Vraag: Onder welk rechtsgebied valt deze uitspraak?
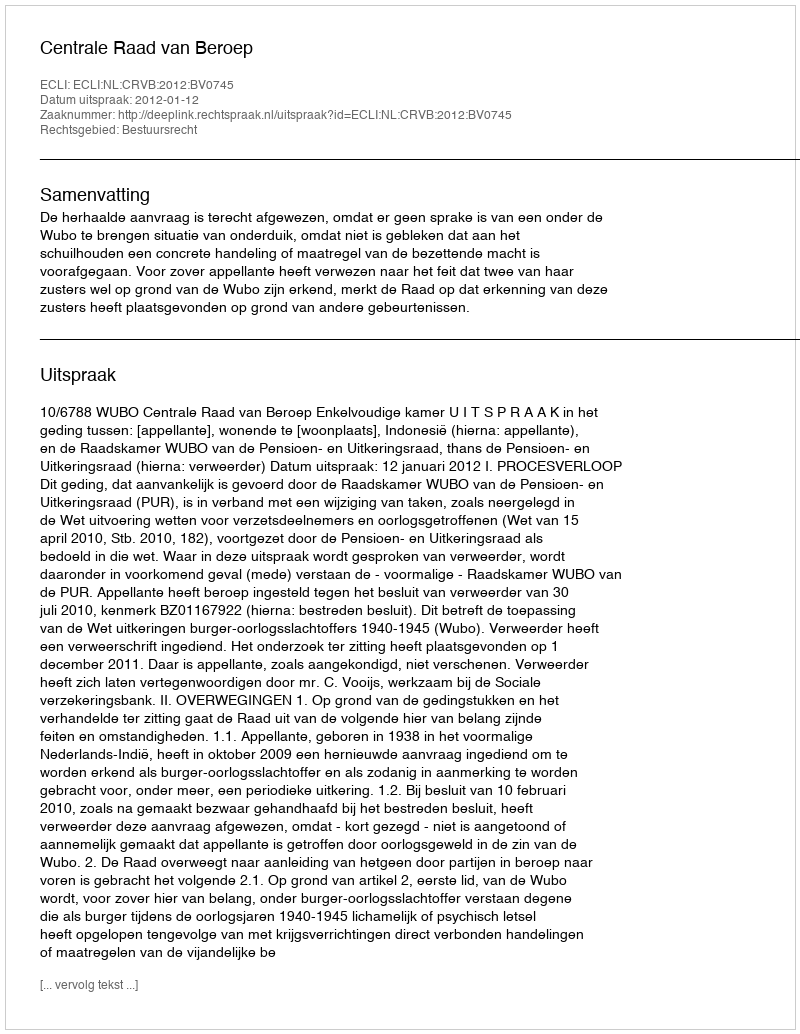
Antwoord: Bestuursrecht